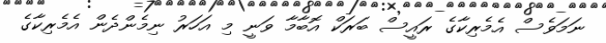
ނަމަވެސް އެމެރިކާގެ ރައީސް ބަރަކް އޮބާމާ ވަނީ މި އަހަރު ނިމެންދެން އެމެރިކާގެ